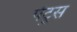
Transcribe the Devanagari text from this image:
पेट्रुस